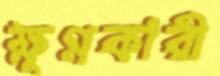
ক্ষুণ্নকারী